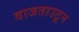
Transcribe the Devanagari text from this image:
वाजताउठून